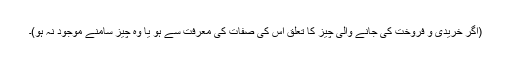
(اگر خریدی و فروخت کی جانے والی چیز کا تعلق اس کی صفات کی معرفت سے ہو یا وہ چیز سامنے موجود نہ ہو)۔